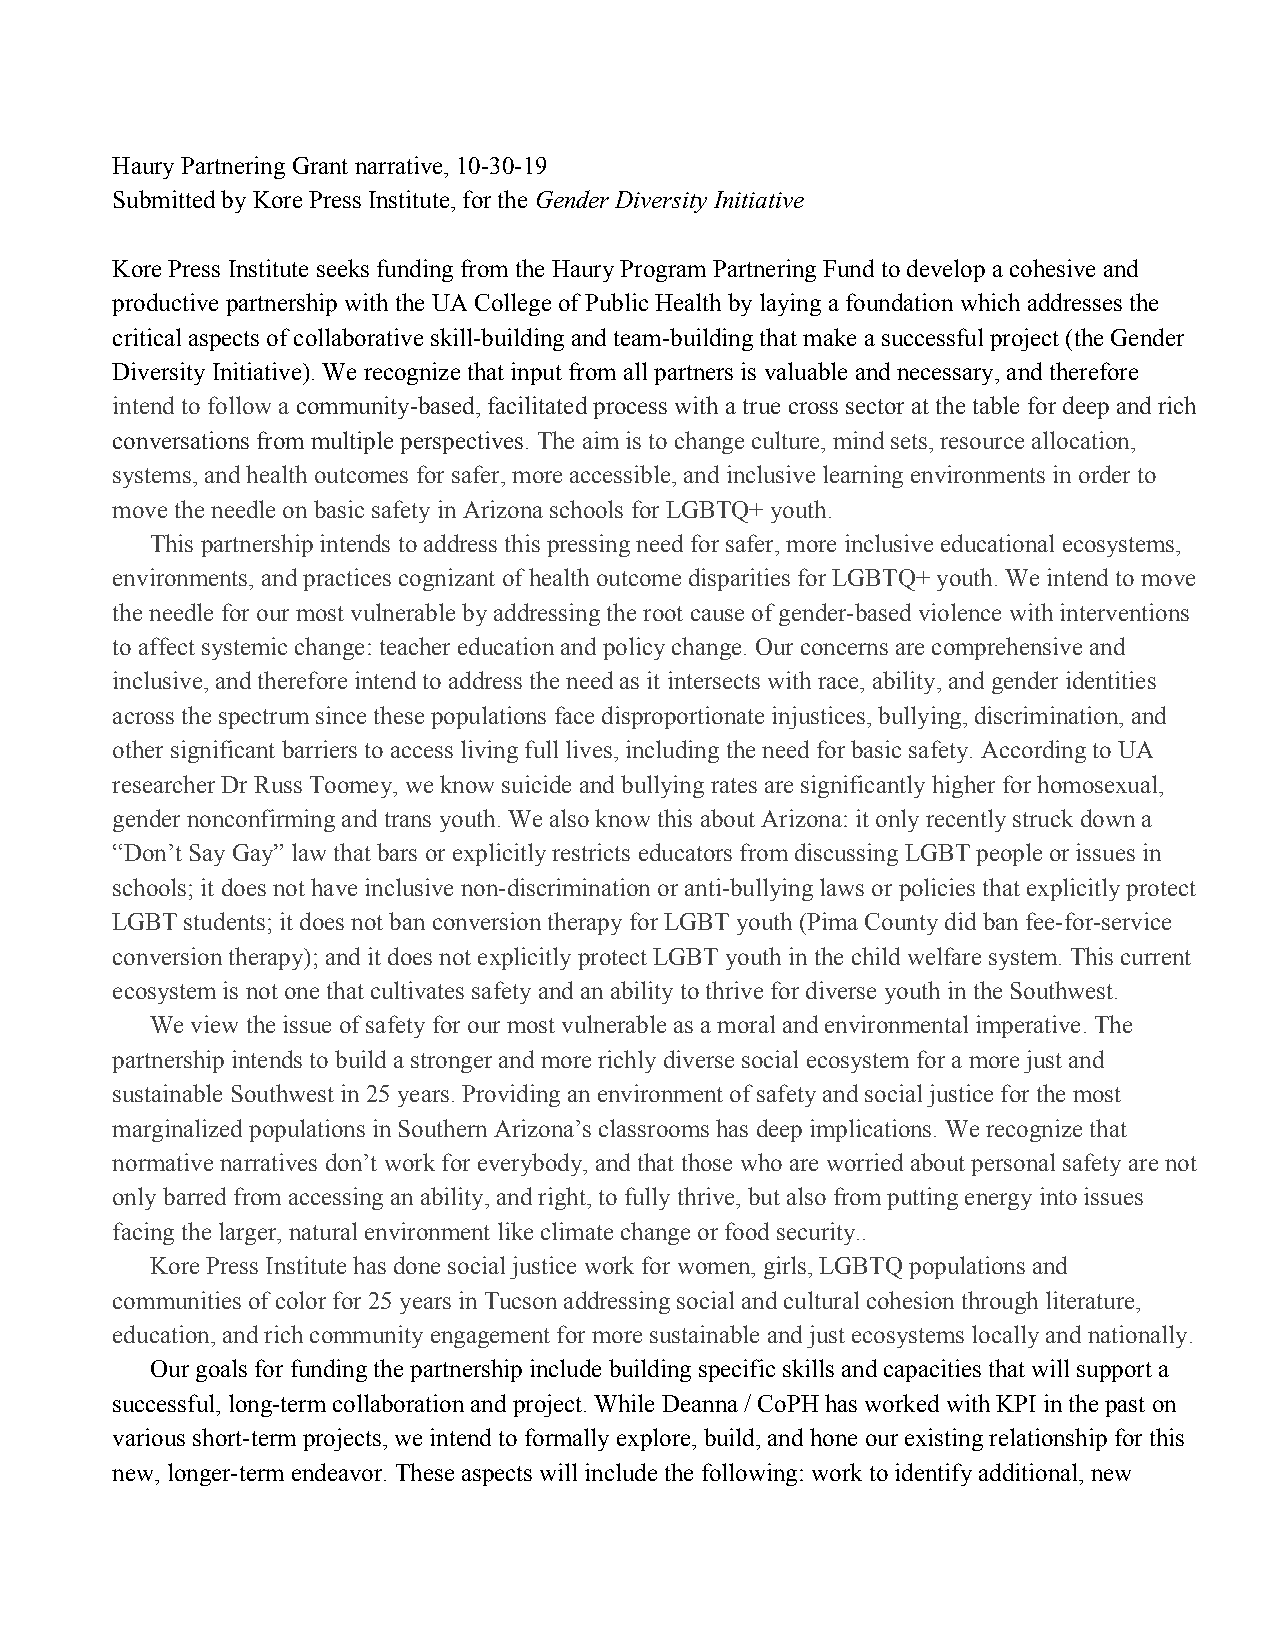
Haury Partnering Grant narrative, 10-30-19
 Submitted by Kore Press Institute, for the Gender Diversity Initiative
 ​
 Kore Press Institute seeks funding from the Haury Program Partnering Fund to develop a cohesive and
 productive partnership with the UA College of Public Health by laying a foundation which addresses the
 critical aspects of collaborative skill-building and team-building that make a successful project (the Gender
 Diversity Initiative). We recognize that input from all partners is valuable and necessary, and therefore
 intend to follow a community-based, facilitated process with a true cross sector at the table for deep and rich
 ​
 conversations from multiple perspectives. The aim is to change culture, mind sets, resource allocation,
 ​
 systems, and health outcomes for safer, more accessible, and inclusive learning environments in order to
 move the needle on basic safety in Arizona schools for LGBTQ+ youth.
 This partnership intends to address this pressing need for safer, more inclusive educational ecosystems,
 environments, and practices cognizant of health outcome disparities for LGBTQ+ youth. We intend to move
 the needle for our most vulnerable by addressing the root cause of gender-based violence with interventions
 to affect systemic change: teacher education and policy change. Our concerns are comprehensive and
 inclusive, and therefore intend to address the need as it intersects with race, ability, and gender identities
 across the spectrum since these populations face disproportionate injustices, bullying, discrimination, and
 other significant barriers to access living full lives, including the need for basic safety. According to UA
 researcher Dr Russ Toomey, we know suicide and bullying rates are significantly higher for homosexual,
 gender nonconfirming and trans youth. We also know this about Arizona: it only recently struck down a
 “Don’t Say Gay” law that bars or explicitly restricts educators from discussing LGBT people or issues in
 schools; it does not have inclusive non-discrimination or anti-bullying laws or policies that explicitly protect
 LGBT students; it does not ban conversion therapy for LGBT youth (Pima County did ban fee-for-service
 conversion therapy); and it does not explicitly protect LGBT youth in the child welfare system. This current
 ecosystem is not one that cultivates safety and an ability to thrive for diverse youth in the Southwest.
 We view the issue of safety for our most vulnerable as a moral and environmental imperative. The
 partnership intends to build a stronger and more richly diverse social ecosystem for a more just and
 sustainable Southwest in 25 years. Providing an environment of safety and social justice for the most
 marginalized populations in Southern Arizona’s classrooms has deep implications. We recognize that
 normative narratives don’t work for everybody, and that those who are worried about personal safety are not
 only barred from accessing an ability, and right, to fully thrive, but also from putting energy into issues
 facing the larger, natural environment like climate change or food security..
 Kore Press Institute has done social justice work for women, girls, LGBTQ populations and
 communities of color for 25 years in Tucson addressing social and cultural cohesion through literature,
 education, and rich community engagement for more sustainable and just ecosystems locally and nationally.
 Our goals for funding the partnership include building specific skills and capacities that will support a
 successful, long-term collaboration and project. While Deanna / CoPH has worked with KPI in the past on
 various short-term projects, we intend to formally explore, build, and hone our existing relationship for this
 new, longer-term endeavor. These aspects will include the following: work to identify additional, new
 ​​